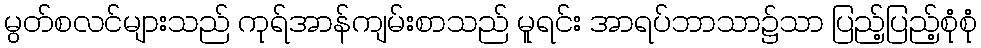
မွတ်စလင်များသည် ကုရ်အာန်ကျမ်းစာသည် မူရင်း အာရပ်ဘာသာ၌သာ ပြည့်ပြည့်စုံစုံ